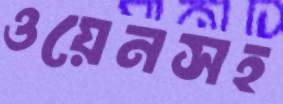
ওয়েনসহ